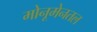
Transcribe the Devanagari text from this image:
मोनूमेनतल